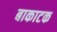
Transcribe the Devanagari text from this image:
बाकाटक